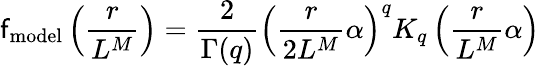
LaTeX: \mathsf{f}_{\textrm{{model}}}\left(\frac{{r}}{{L^{M}}}\right)=\frac{{2}}{{\Gamma(q)}}\left(\frac{{r}}{{2L^{M}}}\alpha\right)^{q}K_{q}\left(\frac{{r}}{{L^{M}}}\alpha\right)